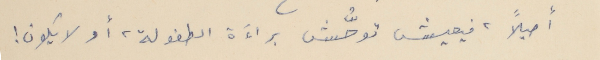
أصيلاً، فيعيش توحُّش براءَة الطفولة، أو لا يكون !